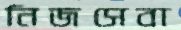
নিজসেবা